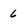
Character: 6